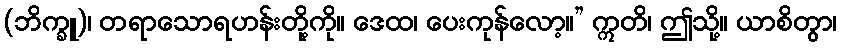
(ဘိက္ခူ)၊ တရာသောရဟန်းတို့ကို။ ဒေထ၊ ပေးကုန်လော့။” ဣတိ၊ ဤသို့။ ယာစိတွာ၊